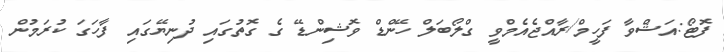
ފޮޓޯ:އަޝްވާ ފަހީމް/ރާއްޖެއެމްވީ ގްލޯބަލް ހޭންޑް ވޮޝިންޑޭ ގެ ގޮތުގައި ދުނިޔޭގައި ފާހަގަ ކުރަމުން